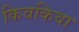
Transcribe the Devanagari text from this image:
किवकिवा